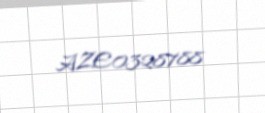
AZE0328788